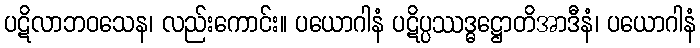
ပဋိလာဘဝသေန၊ လည်းကောင်း။ ပယောဂါနံ ပဋိပ္ပဿဒ္ဓဋ္ဌောတိအာဒီနံ၊ ပယောဂါနံ